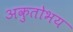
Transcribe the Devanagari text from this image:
अकुतोभय